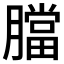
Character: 𦡁